Annual administration and progress report of the Indian Medical Department, Bombay
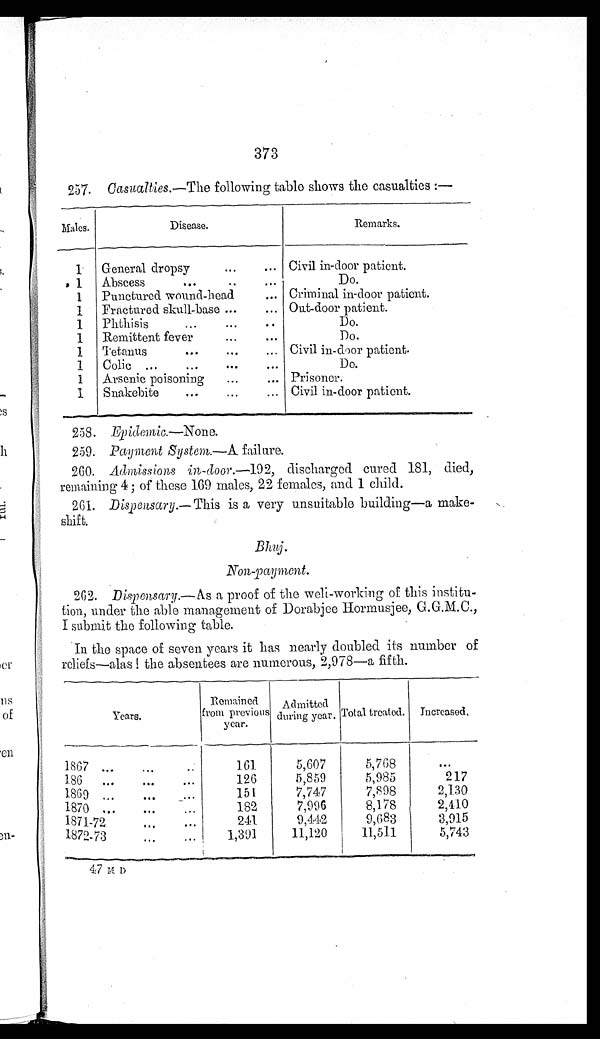
373
257. Casualties.—The following table shows the casualties :—
Males.
Disease.
Remarks.
1
General dropsy
Civil in-door patient.
1
Abscess
...
..
...
Do.
1
Punctured wound-head
... Criminal in-door patient.
1
Fractured skull-base ...
... Out-door patient.
1
...
Phthisis.. ...
Do.
1
...
...
Remittent fever...
Do.
1
Tetanus
.. .
...
... Civil in-door patient.
1
Colic ...
...
...
...
Do.
1
Arsenic poisoning
...
... Prisoner.
1
Snakebite
...... ...
Civil in-door patient.
258. Epidemic. —None.
259. Payment System.— A failure.
260. Admissions in-door.— 192.
discharged cured 181, died,
remaining 4; of these 160 males, 22 females, and 1 child.
261. Dispensary.— This is a very unsuitable building—a make-
shift.
B h u j .
N o n - p a y m e n t .
262. Dispensary.— As a proof of the weli-working of this institu
-tion, under the able management of Dorabjee Hormusjee,
G.G.M.C., I submit the following table.
In the space of seven years it has nearly doubled its number of
reliefs—alas ! the absentees are numerous, 2,978—a fifth.
Years.
R e
m a i
n e d
from previous
year.
Admitted
during year. Total treated.
Increased.
1867 ...
... ..
..
161
5,607
5,768
. . .
186
...
...
. . .
126
5,859
5,985
217
1869 ...
..
151
7,747
7,898
2,130
1870 ...
.
..
182
7,996
8,178
2,410
1871-72
.
...
241
9,442
9,683
3,915
1872-73..
1,391
11,120
11,511
5,743
47 M D